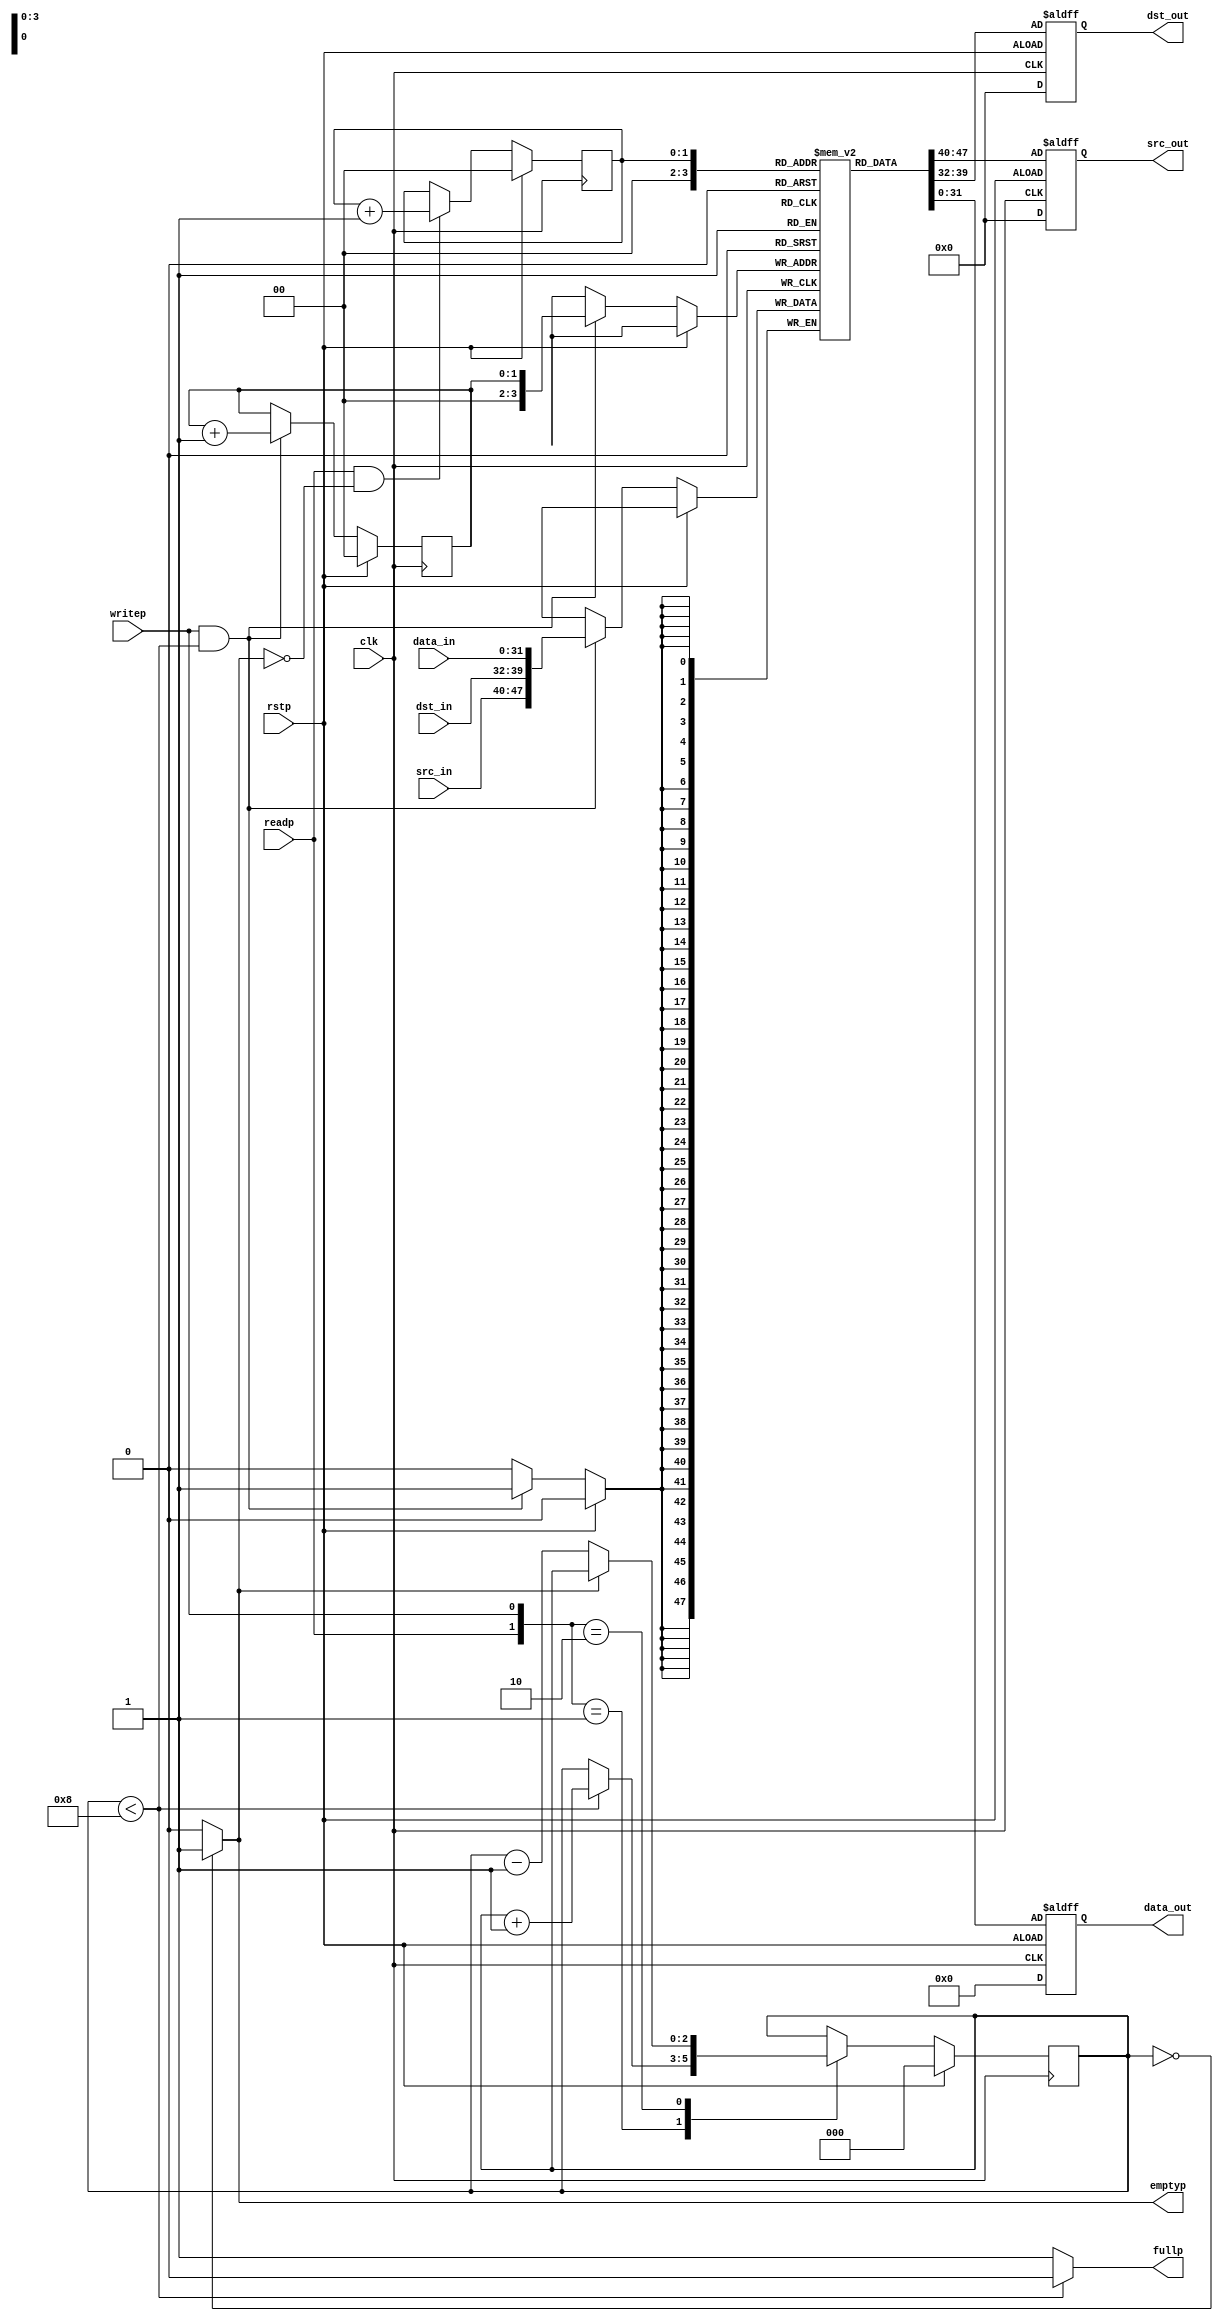
//`timescale 100ps/100ps
//Verilog Synchronous FIFO

module fifo(clk,rstp,src_in,dst_in,data_in,writep,readp,src_out,dst_out,data_out,emptyp,fullp);
	input clk;	
	input rstp;
	input [7:0] src_in;
	input [7:0] dst_in;
	input [31:0] data_in;
	input readp;
	input writep;
	output [7:0] src_out;
	output [7:0] dst_out;
	output [31:0] data_out;
	output emptyp;
	output fullp;

	//Defines sizes in terms of bits.

	parameter DEPTH = 2,
		FULL = (1<<3),  //topmost address in FIFO
		EMPTY = 0; //topmost address in FIFO
	reg emptyp;
	reg fullp;

	//Registered output
	reg [7:0] src_out;
	reg [7:0] dst_out;
	reg [31:0] data_out;

	//Define the FIFO pointers. A FIFO is essentially a circular queue.
	reg [(DEPTH-1):0] tail;
	reg [(DEPTH-1):0] head;

	//Define the FIFO counter. Counts the number of entries in the FIFO which is how we figure out things like Empty and Full.

	reg [DEPTH:0] count;

	//Define our register bank. This is actually synthesizable!
	reg [47:0] fifomem[0:FULL];

	//Dout is registered and gets the value that tail points to RIGHT NOW.

	integer i;
	always @(posedge clk or negedge rstp) begin
		if(rstp == 1) begin
			src_out <= 8'b0;
			dst_out <= 8'b0;
			data_out <= 32'b0;
		end
		else begin
			{src_out,dst_out,data_out} <= fifomem[tail];
		end
	end

	//Update FIFO memory
	always @(posedge clk) begin
		if(rstp == 1'b0) begin
			if(writep == 1'b1 && fullp == 1'b0)
				fifomem[head] <= {src_in,dst_in,data_in};
		end
	end

	//Update the head register
	always @(posedge clk) begin
		if(rstp == 1'b1) begin
			head <= 0;
		end
		else begin
			if(writep == 1'b1 && fullp == 1'b0) begin
				//WRITE
				head <= head + 1;
			end
		end
	end

	//Update the tail register
	always @(posedge clk) begin
		if(rstp == 1'b1) begin
			tail <= 0;
		end
		else begin
			if(readp == 1'b1 &&emptyp == 1'b0)
				tail <= tail + 1;
		end
	end

	//Update the count register
	always @(posedge clk) begin
		if(rstp == 1'b1) begin
			count <= 0;
		end  else begin
			case ({readp, writep})
				2'b00: count <= count;
				2'b01:
					//WRITE
					if(!fullp)
						count <= count + 1;
				2'b10:
					//READ
					if(!emptyp)
						count <= count - 1;
				2'b11:
					//Current read and write
					count <= count;
			endcase
		end
	end

	//***Update the flags
	//First,update the empty flag.
	always @(count) begin

		if(count == EMPTY)
			emptyp = 1'b1;
		else
			emptyp = 1'b0;
	end

	//Update the full flag
	always @(count) begin
		if(count < FULL)
			fullp = 1'b0;
		else
			fullp = 1'b1;
	end


endmodule